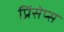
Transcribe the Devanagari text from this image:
प्रिंसेप्स